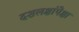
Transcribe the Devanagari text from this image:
दशलक्षांपेक्षा